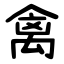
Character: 禽